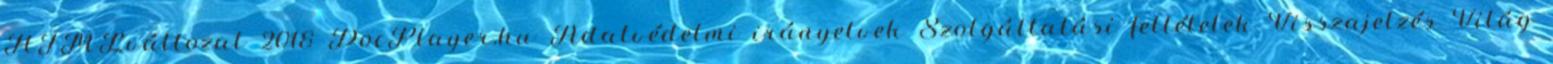
HTMLváltozat 2018 DocPlayer.hu Adatvédelmi irányelvek Szolgáltatási feltételek Visszajelzés Világ